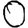
Digit: 0